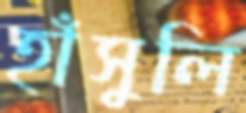
হাঁসুলি